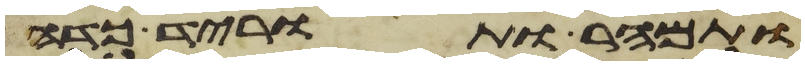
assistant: ותמהר ותורד כדה